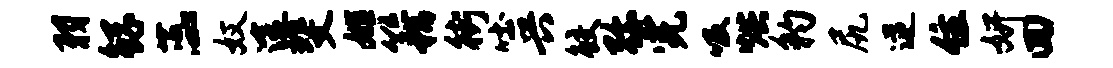
羽鲧蕊奴途斐姬籍街吐兴鲛弥完吸烘豹尻逆住妍回